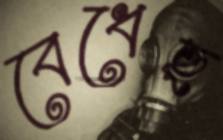
বেধেছ